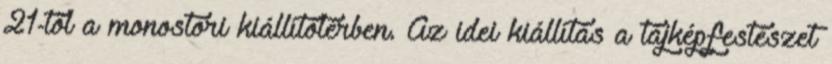
21-től a monostori kiállítótérben. Az idei kiállítás a tájképfestészet